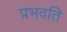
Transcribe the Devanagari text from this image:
प्रभवति